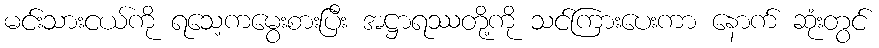
မင်းသားငယ်ကို ရသေ့ကမွေးစားပြီး အဋ္ဌာရဿတို့ကို သင်ကြားပေးကာ နောက် ဆုံးတွင်